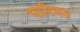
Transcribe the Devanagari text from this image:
पारिणत